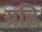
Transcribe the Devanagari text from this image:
ग्रह्णि